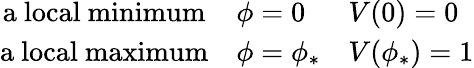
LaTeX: \left.\begin{array}{cll}{{\mathrm{a~local~minimum}}}&{{\phi=0}}&{{V(0)=0}}\\ {{\mathrm{a~local~maximum}}}&{{\phi=\phi_{*}}}&{{V(\phi_{*})=1}}\end{array}\right.